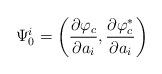
LaTeX: \begin{align*}\Psi_0^i = \left(\frac{\partial\varphi_c}{\partial a_i},\frac{\partial\varphi_c^\ast}{\partial a_i} \right)\end{align*}